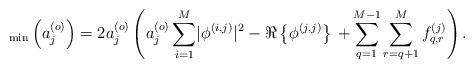
LaTeX: \begin{align*} _{\rm min}\left(a_j^{\left(o\right)}\right)=2 a_j^{\left(o\right)}\left(a_j^{\left(o\right)}\sum_{i=1}^{M} \lvert\phi^{\left(i,j\right)}\rvert^2-\Re\left\{\phi^{\left(j,j\right)}\right\}\right.\left.+\sum_{q=1}^{M-1}\sum_{r=q+1}^{M}f_{q,r}^{\left(j\right)}\right).\end{align*}